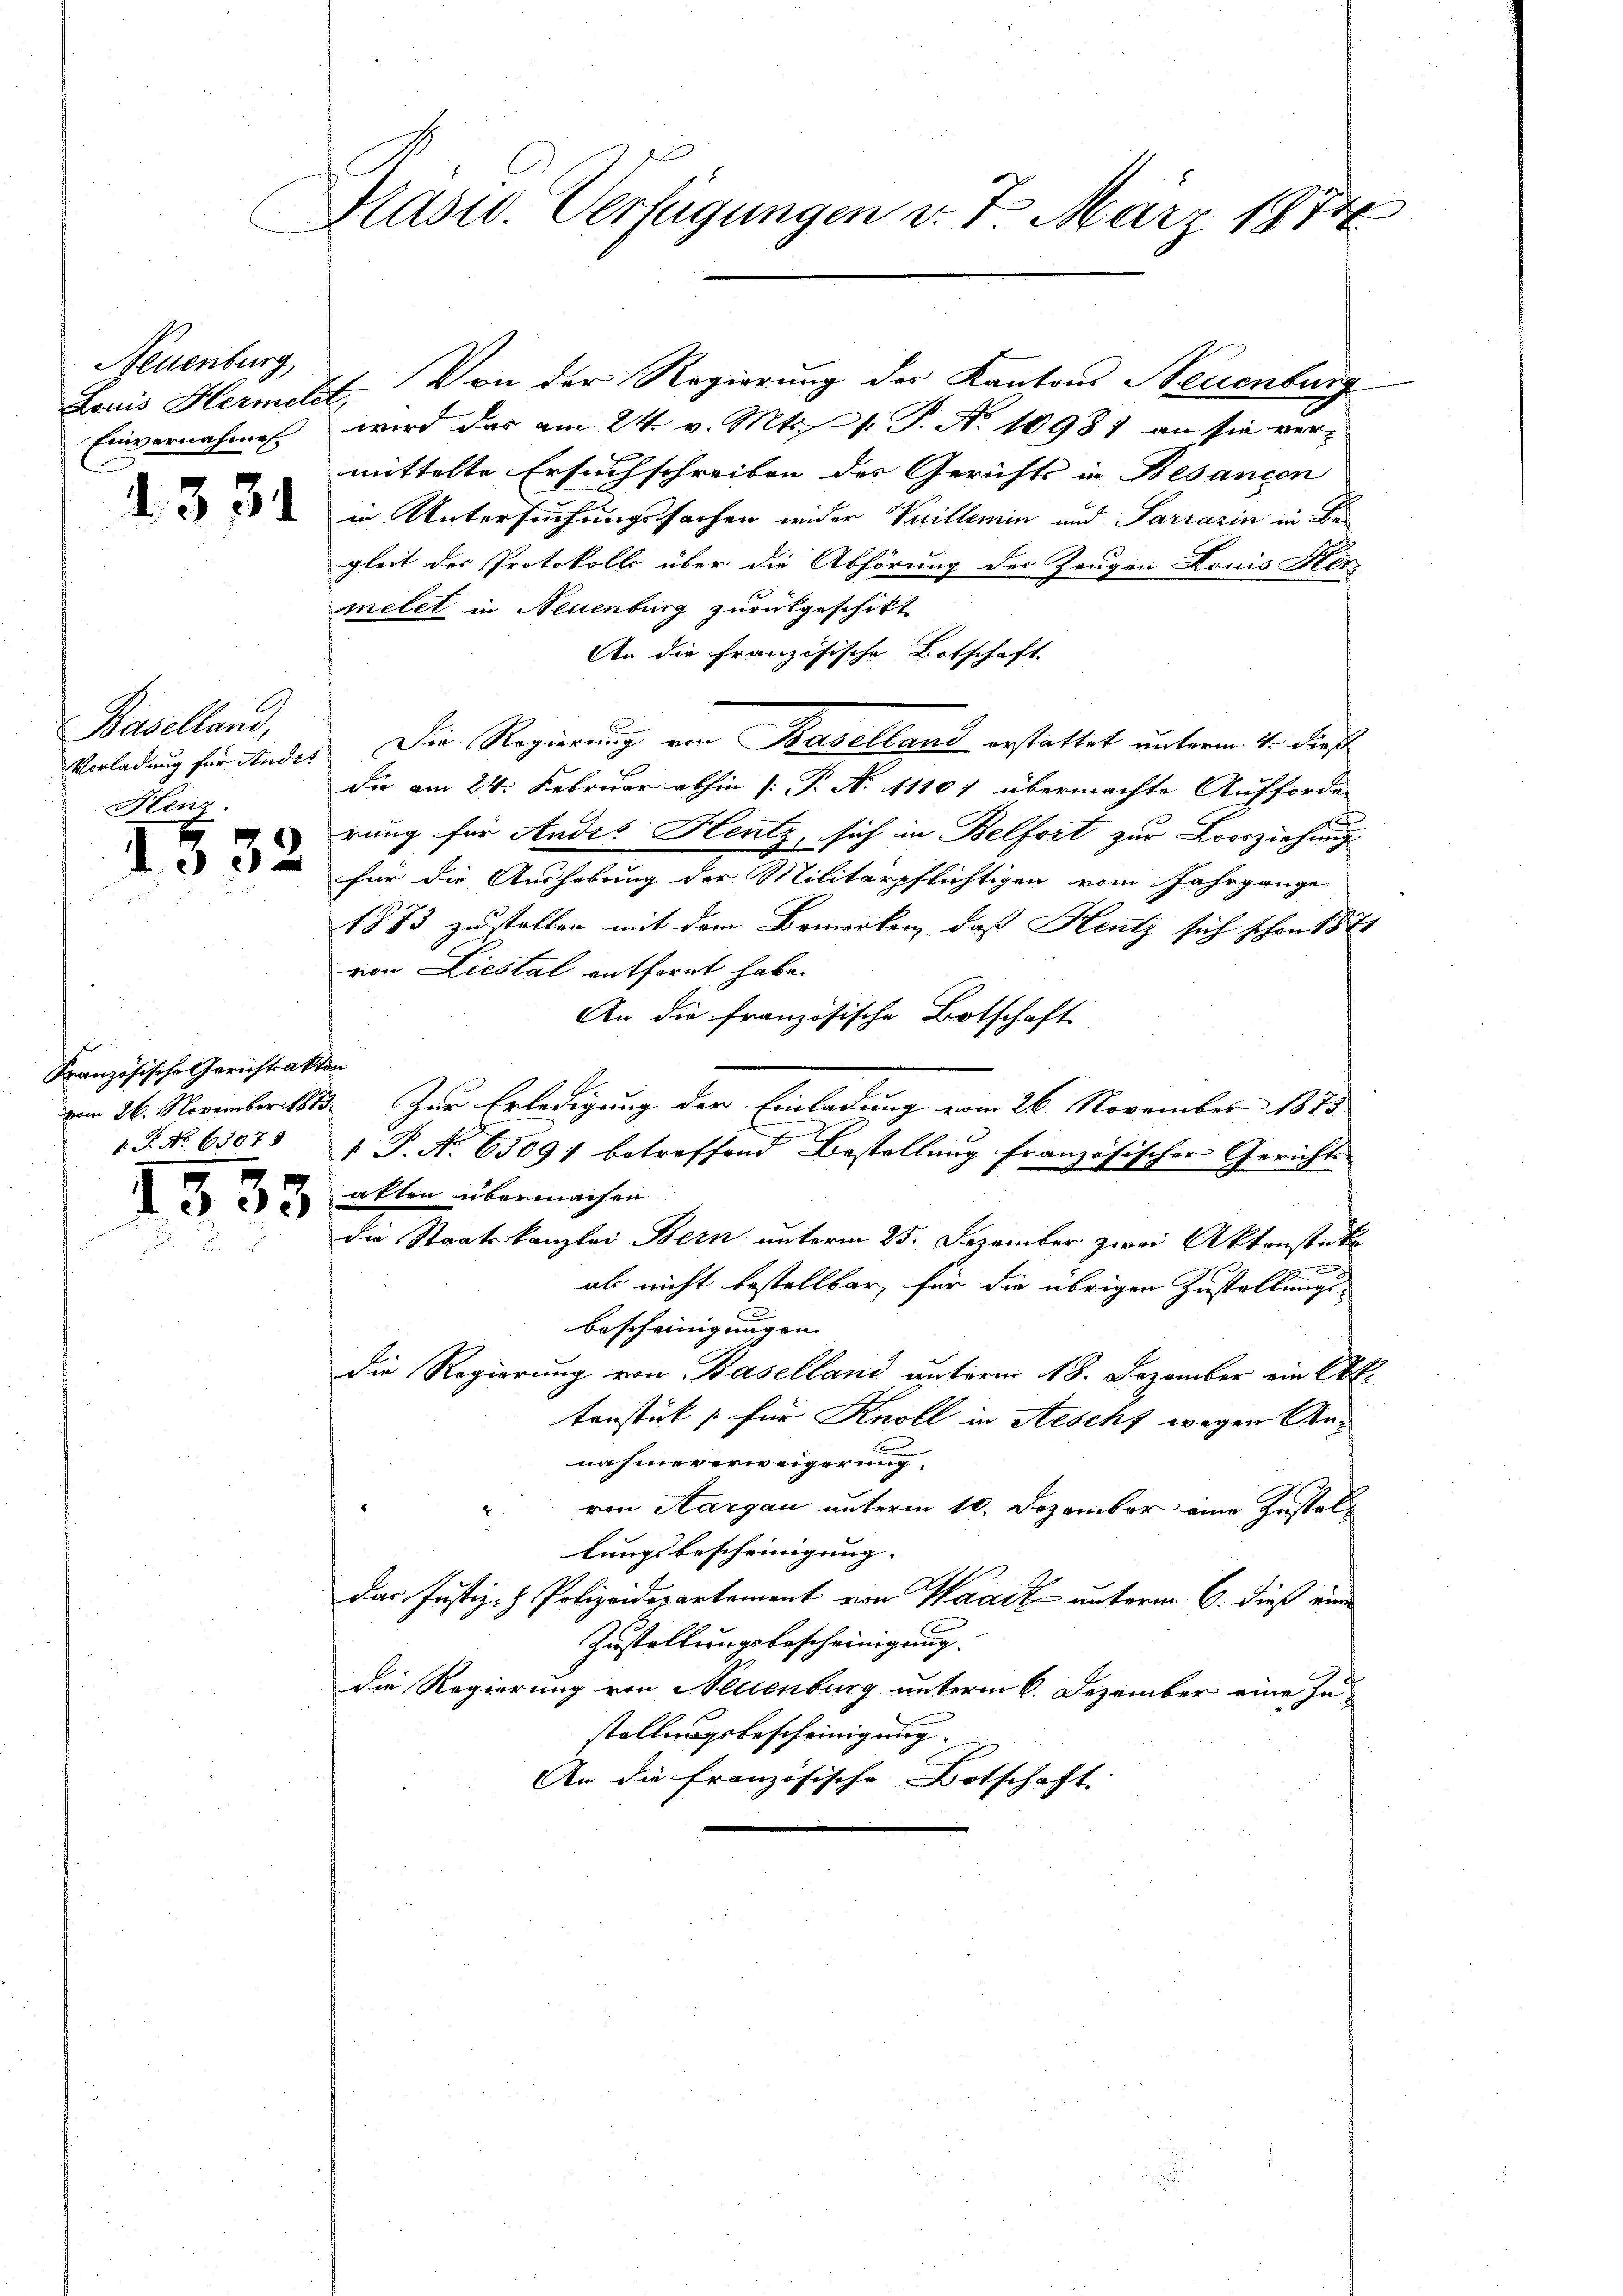
Neuenburg
Einvernahmen

1331

Baselland,
Henz.

1532

Französische Gerichtsakten

1333

Präsid. Verfügungen d. 7. März 1874

wird das am 24. v. Mts. f. P. No 10981 an sie vermittelte Ersuchschreiben des Gerichts in Besancon
in Untersuchungssachen wider Villemin und Sarrazin in Ba
gleit des Protokolls über die Abhörung der Zeugen Louis Her
melet in Neuenburg zurückgeschikt
An die Französische Botschaft
Verladung für Kindes Die Regierung von Baselland erstattet unterm 4. dieß
die am 24. Februar abhin [P. N. 11167 übermachte Aufforde-
rung für Andes Hentz, sich in Belfort zur Krorziehung
für die Aushebung der Militärpflichtigen vom Jahrgange
1873 zustellen mit dem Bemerken, dass Heutz sich schon 1871
von Liestal entfernt habe.
An die französische Botschaft.
vom 26. November 1813. Zur Erledigung der Einladung vom 26. November 1875
1.P. Nr. 63073  P. No. 65097 betreffend Bestellung französischer Gerichts
atten übermachen
die Staatskanzlei Bern unterm 25. Dezember zwei Aktenstüke
abs nicht bestellbar, für die übrigen Zustallungsbescheinigungen
die Regierung von Baselland unterm 18. Dezember ein Er
tenstück s. für Knoll in Aescht wegen Annahmer erweigerung
" von Aargau unterm 10. Dezember eine Zustellungsbescheinigung. |
das Justiz- & Polizeidepartement von Waaiz unterm 6. dieß eine
Zustellungsbescheinigung. |
die Regierung von Neuenburg unterm 6. Dezember eine Ja
stellungsbescheinigung
An die französische Botschaft

Louis Hermeldt, Von der Regierung der Kantons Neuenburg